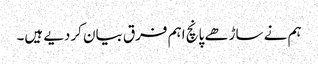
ہم نے ساڑھے پانچ اہم فرق بیان کردیے ہیں۔